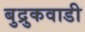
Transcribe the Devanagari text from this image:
बुद्रुकवाडी